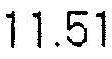
11.51